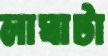
লাঘাটা